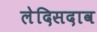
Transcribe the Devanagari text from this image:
लेदिसदाव